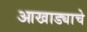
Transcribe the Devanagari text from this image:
आखाड्याचे